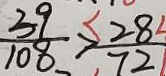
\frac { 3 9 } { 1 0 8 } > \frac { 2 8 } { 7 2 }